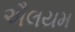
ઐલયમ